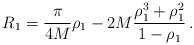
LaTeX: \begin{align*}R_1=\frac{\pi}{4M}\rho_1- 2M\frac{\rho_1^3+\rho_1^2}{1-\rho_1} \, .\end{align*}